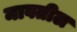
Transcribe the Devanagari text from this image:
मावतील